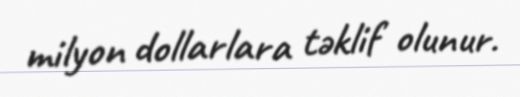
milyon dollarlara təklif olunur.